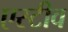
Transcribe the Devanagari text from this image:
एस्टीव